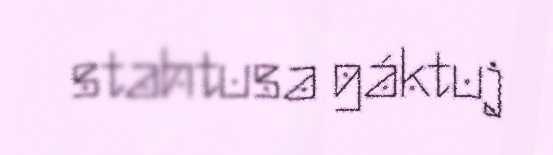
stahtusa gáktuj